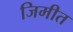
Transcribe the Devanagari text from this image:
जिमीत